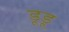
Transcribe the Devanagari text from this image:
डूडू